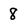
Character: 8